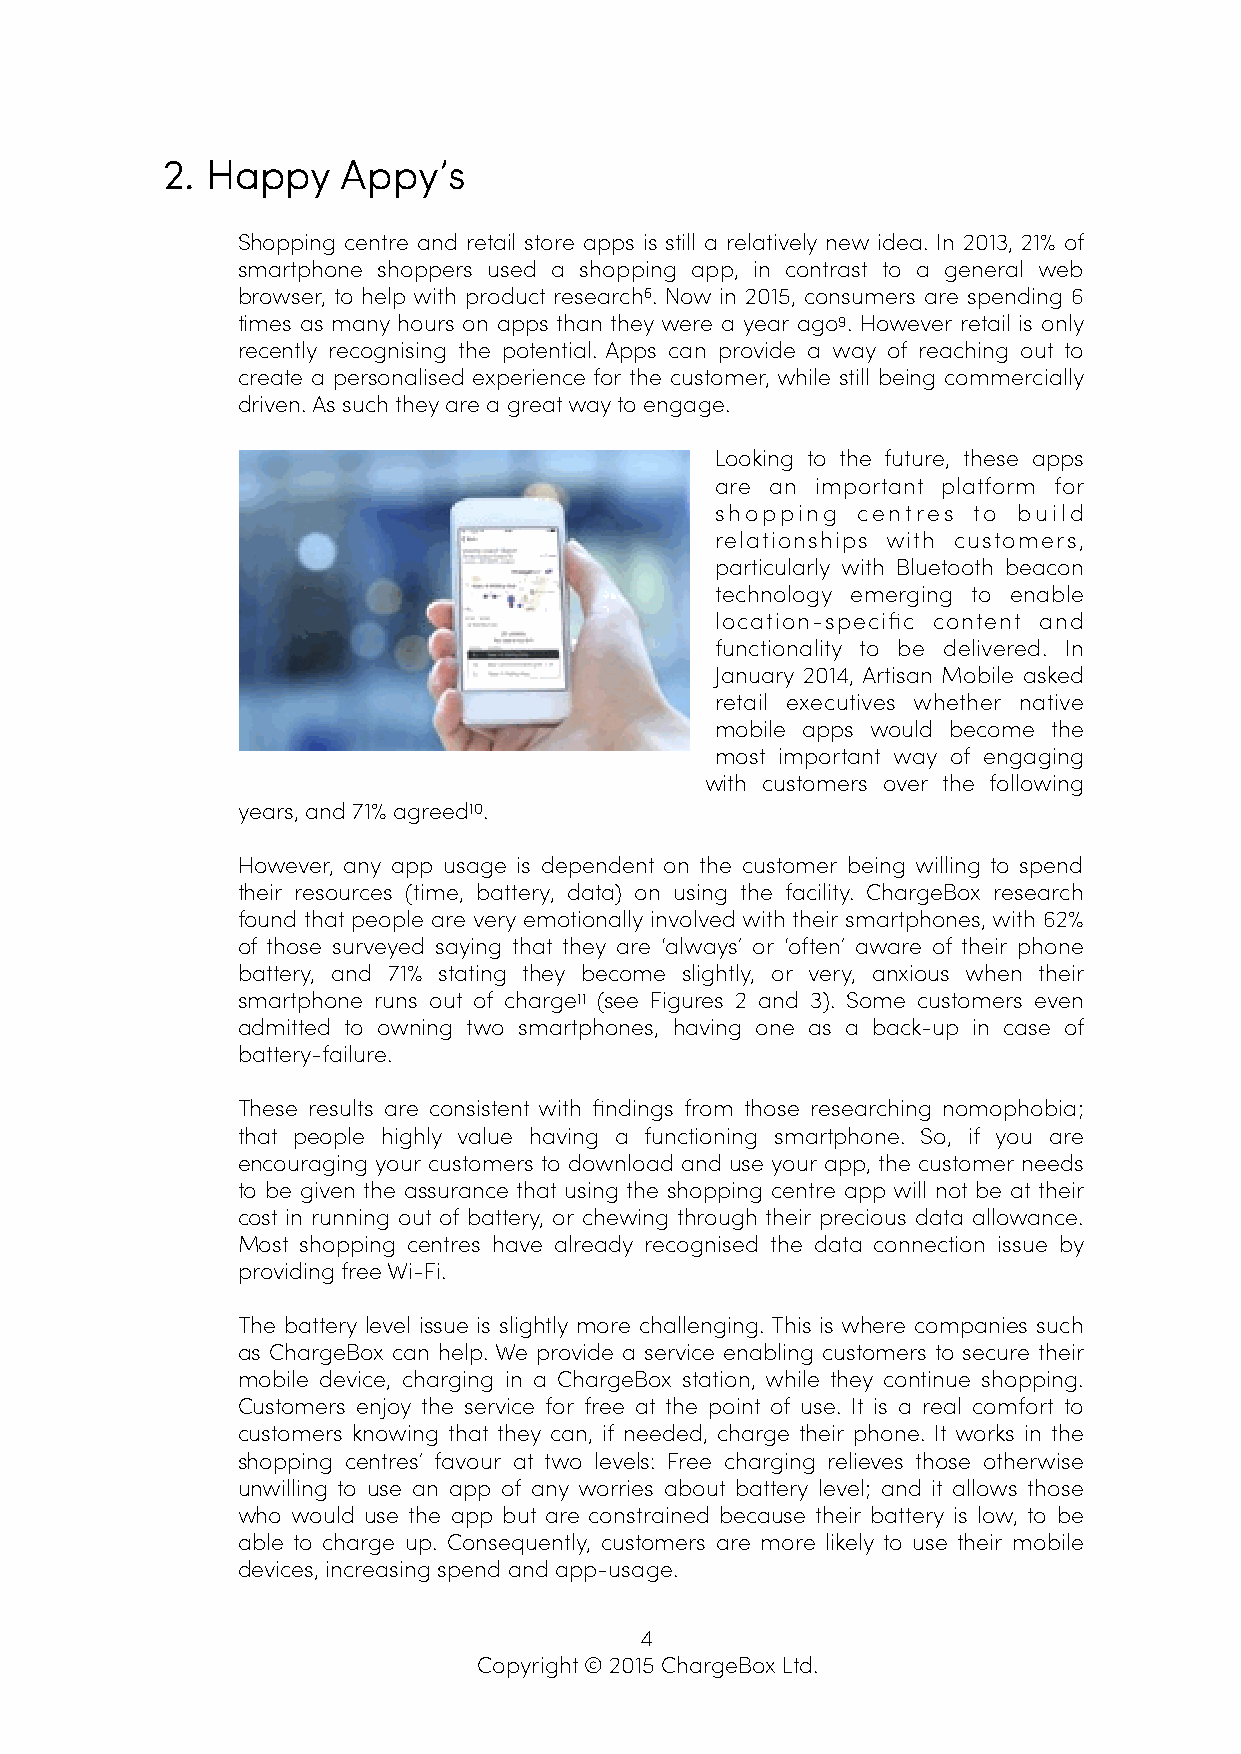
2. Happy    Appy’s
 Shopping centre and retail store apps is still a relatively new idea. In 2013, 21% of
 smartphone shoppers used a shopping app, in contrast to a general web
 browser, to help with product research6. Now in 2015, consumers are spending 6
 times as many hours on apps than they were a year ago9. However retail is only
 recently recognising the potential. Apps can provide a way of reaching out to
 create a personalised experience for the customer, while still being commercially
 driven. As such they are a great way to engage.
 Looking to the future, these apps
 are an important platform for
 shopping  centres to build
 relationships with customers,
 particularly with Bluetooth beacon
 technology emerging to enable
 location-specific content and
 functionality to be delivered. In
 January 2014, Artisan Mobile asked
 retail executives whether native
 mobile apps would become the
 most important way of engaging
 with customers over the following
 years, and 71% agreed10.
 However, any app usage is dependent on the customer being willing to spend
 their resources (time, battery, data) on using the facility. ChargeBox research
 found that people are very emotionally involved with their smartphones, with 62%
 of those surveyed saying that they are ‘always’ or ‘often’ aware of their phone
 battery, and 71% stating they become slightly, or very, anxious when their
 smartphone runs out of charge11 (see Figures 2 and 3). Some customers even
 admitted to owning two smartphones, having one as a back-up in case of
 battery-failure.
 These results are consistent with findings from those researching nomophobia;
 that people highly value having a functioning smartphone. So, if you are
 encouraging your customers to download and use your app, the customer needs
 to be given the assurance that using the shopping centre app will not be at their
 cost in running out of battery, or chewing through their precious data allowance.
 Most shopping centres have already recognised the data connection issue by
 providing free Wi-Fi.
 The battery level issue is slightly more challenging. This is where companies such
 as ChargeBox can help. We provide a service enabling customers to secure their
 mobile device, charging in a ChargeBox station, while they continue shopping.
 Customers enjoy the service for free at the point of use. It is a real comfort to
 customers knowing that they can, if needed, charge their phone. It works in the
 shopping centres’ favour at two levels: Free charging relieves those otherwise
 unwilling to use an app of any worries about battery level; and it allows those
 who would use the app but are constrained because their battery is low, to be
 able to charge up. Consequently, customers are more likely to use their mobile
 devices, increasing spend and app-usage.
 4
 Copyright © 2015 ChargeBox Ltd.